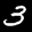
Label: 3